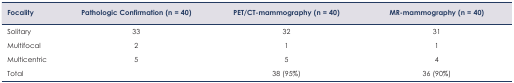
<table><thead><tr><td><b>Focality</b></td><td><b>Pathologic Confirmation (n = 40)</b></td><td><b>PET/CT-mammography (n = 40)</b></td><td><b>MR-mammography (n = 40)</b></td></tr></thead><tbody><tr><td>Solitary</td><td>33</td><td>32</td><td>31</td></tr><tr><td>Multifocal</td><td>2</td><td>1</td><td>1</td></tr><tr><td>Multicentric</td><td>5</td><td>5</td><td>4</td></tr><tr><td>Total</td><td></td><td>38 (95%)</td><td>36 (90%)</td></tr></tbody></table>